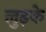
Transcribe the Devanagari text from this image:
लुढ़के